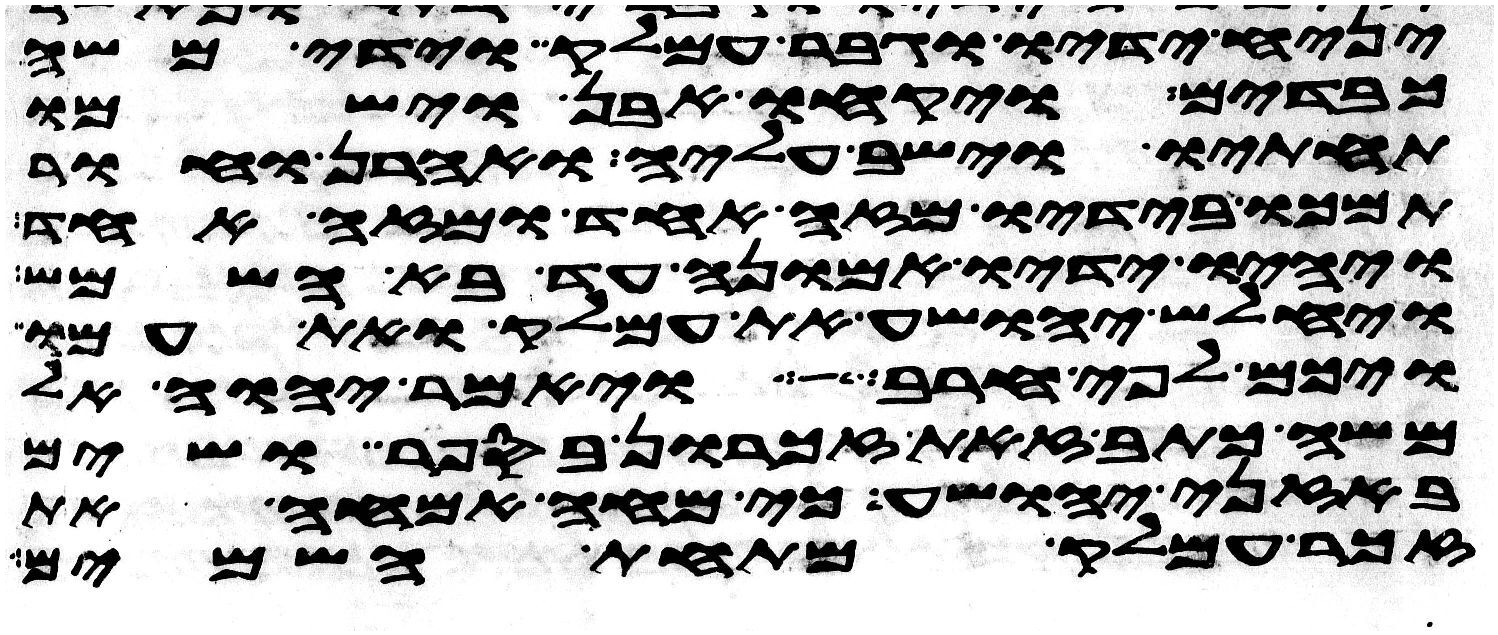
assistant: יניח ידיו וגבר עמלק וידי משה
כבדים ויקחו אבן וישמו
תחתיו וישב עליה ואהרן וחור
תמכו בידיו מזה אחד ומזה אחד
ויהיו ידיו אמונה עד בא השמש
ויחלש יהושע את עמלק ואת עמו
ויכם לפי חרב ויאמר יהוה אל
משה כתב זאת זכרון בספר ושים
באזני יהושע כי מחה אמחה את
זכר עמלק מתחת השמים